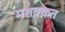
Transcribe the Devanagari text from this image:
मशक़्क़त